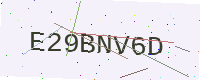
Text: E29BNV6D